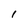
Character: l